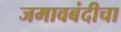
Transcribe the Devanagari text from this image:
जमावबंदीचा